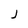
Character: J